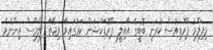
މިފިލްމު ޕްރޮޑިއުސް ކުރަނީ ބޮބީގެ އާއިލީ ޕްރޮޑަކްޝަން ކަމުގައިވާ ވިޖޭތާ ފިލްމްސް އިންނެވެ.